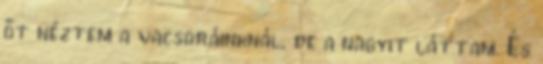
őt néztem a vacsoráinknál, de a nagyit láttam. És